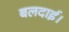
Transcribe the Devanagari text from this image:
बलदाई।